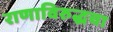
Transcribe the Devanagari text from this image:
राणाविरुद्धचा